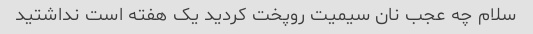
سلام چه عجب نان سیمیت روپخت کردید یک هفته است نداشتید